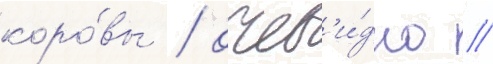
коро́вы / очев'и́дно /